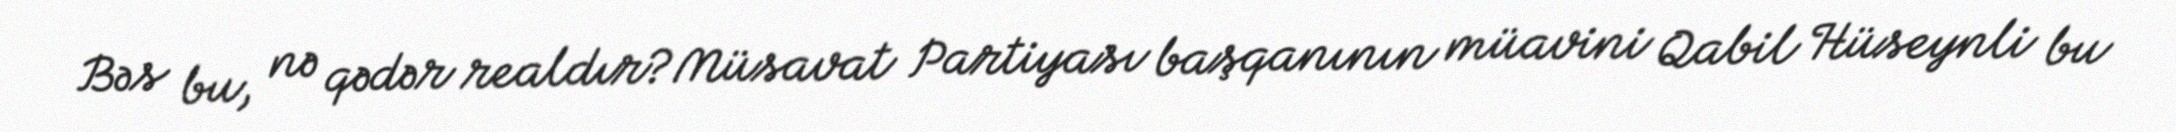
Bəs bu, nə qədər realdır?Müsavat Partiyası başqanının müavini Qabil Hüseynli bu